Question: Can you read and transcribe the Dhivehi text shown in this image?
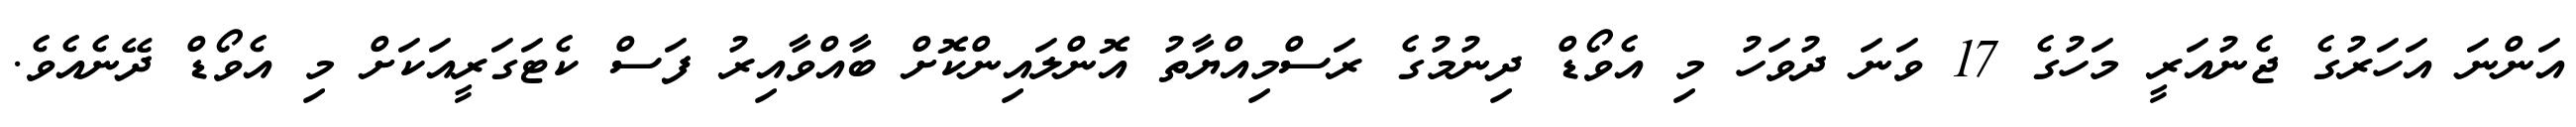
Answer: އަންނަ އަހަރުގެ ޖެނުއަރީ މަހުގެ 17 ވަނަ ދުވަހު މި އެވޯޑް ދިނުމުގެ ރަސްމިއްޔާތު އޮންލައިންކޮށް ބާއްވާއިރު ފަސް ކެޓަގަރީއަކަށް މި އެވޯޑް ދޭނެއެވެ.